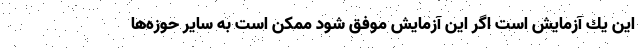
اين يك آزمايش است اگر اين آزمايش موفق شود ممكن است به ساير حوزه‌ها